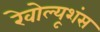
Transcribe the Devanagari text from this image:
रेवोल्यूशंस